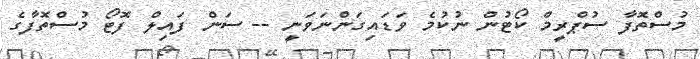
މުސްތޮފާ ސުޕްރީމް ކޯޓުން ނުކުމެ ވަޑައިގަންނަވަނީ -- ސަން ފައިލް ފޮޓޯ މުސްތޮފާގެ